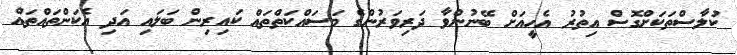
ކުލާސްތަކަށްގޮސް އިތުރު އެހީއަށް ބޭނުންވާ ދަރިވަރުންގެ މަސައްކަތްތައް ކައިރިން ބަލައި އަދި އެކަންތައްތައް